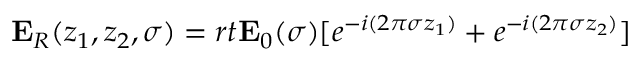
\begin{array} { r } { \mathbf { E } _ { R } ( z _ { 1 } , z _ { 2 } , \sigma ) = r t \mathbf { E } _ { 0 } ( \sigma ) [ e ^ { - i ( 2 \pi \sigma z _ { 1 } ) } + e ^ { - i ( 2 \pi \sigma z _ { 2 } ) } ] } \end{array}